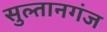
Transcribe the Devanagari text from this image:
सुल्‍तानगंज